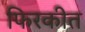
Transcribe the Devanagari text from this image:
फिरकीत